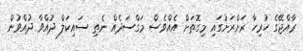
ރާއްޖޭގެ ހުރިހާ ރަށްރަށުގައި މިގޮތަށް އެއްވެސް މަގްސަދެއް ނެތި ސައިކަލް ދުއްވާ ދުއްވުން